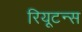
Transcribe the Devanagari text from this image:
रियूटन्स